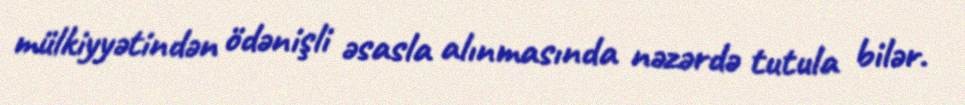
mülkiyyətindən ödənişli əsasla alınmasında nəzərdə tutula bilər.